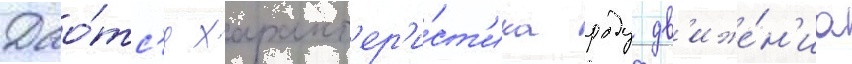
Дао́тс'я характ'ер'и́ст'ика роду дв'иже́н'иа